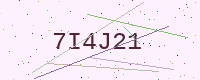
Text: 7I4J21